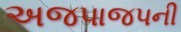
અજપાજપની